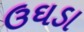
ઉઘડા